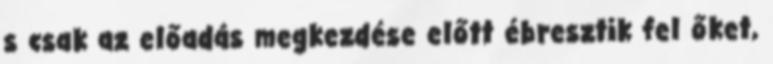
s csak az előadás megkezdése előtt ébresztik fel őket,